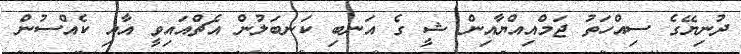
ދުނިޔޭގެ ސިއްހަތު ޖަމްއިއްޔާއިން ޝީ ގެ އަނބި ކަނބަލުން އެޗްއައިވީ އާއި ކެއްސުން